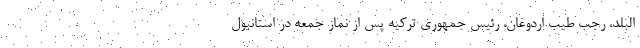
البلد، رجب طیب اردوغان، رئیس جمهوری ترکیه پس از نماز جمعه در استانبول